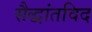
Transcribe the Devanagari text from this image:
सैद्धांतविद